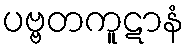
ပဗ္ဗတကူဋာနံ